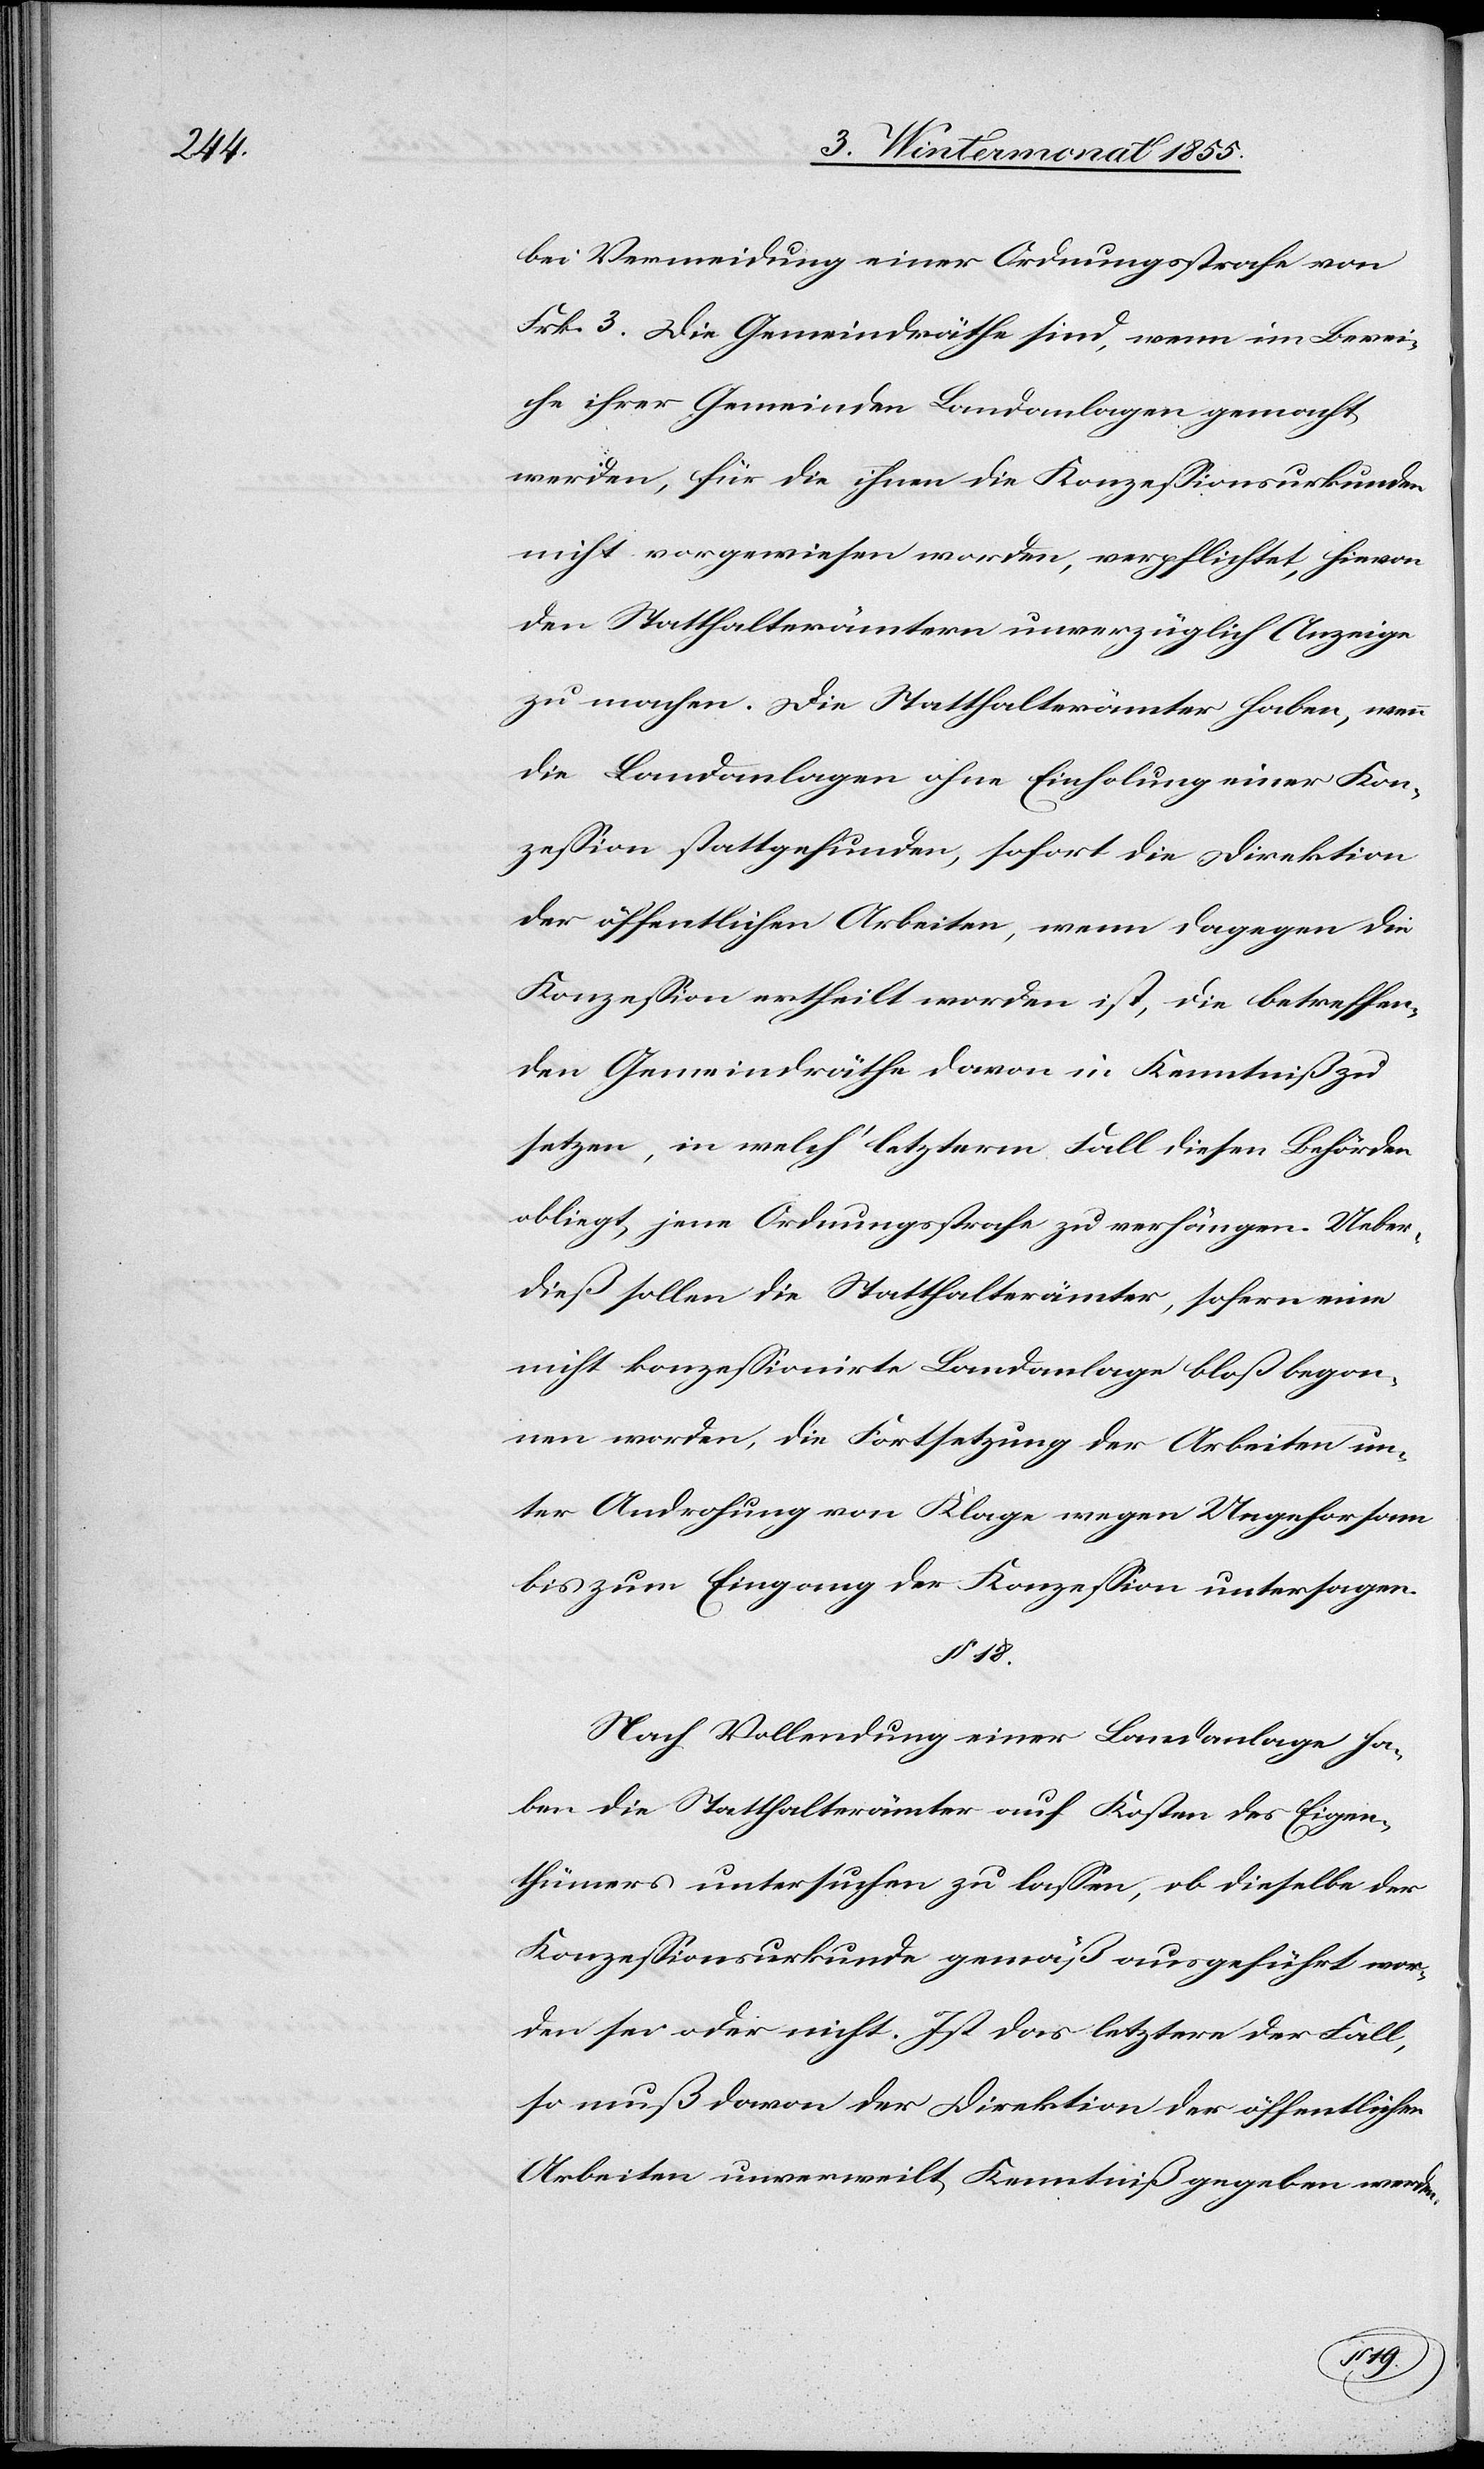
bei Vermeidung einer Ordnungsstrafe von
Frk. 3. Die Gemeindräthe sind, wenn im Berei¬
che ihrer Gemeinden Landanlagen gemacht
werden, für die ihnen die Konzessionsurkunden
nicht vorgewiesen worden, verpflichtet, hievon
den Statthalterämtern unverzüglich Anzeige
zu machen. Die Statthalterämter haben, wenn
die Landanlagen ohne Einholung einer Kon¬
zession stattgefunden, sofort die Direktion
der öffentlichen Arbeiten, wenn dagegen die
Konzession ertheilt worden ist, die betreffen¬
den Gemeindräthe davon in Kenntniß zu
setzen, in welch‘ letzterm Fall diesen Behörden
obliegt, jene Ordnungsstrafe zu verhängen. Ueber¬
dieß sollen die Statthalterämter, sofern eine
nicht konzessionirte Landanlage bloß begon¬
nen worden, die Fortsetzung der Arbeiten un¬
ter Androhung von Klage wegen Ungehorsam
bis zum Eingang der Konzession untersagen.
§ 18.
Nach Vollendung einer Landanlage ha¬
ben die Statthalterämter auf Kosten des Eigen¬
thümers untersuchen zu lassen, ob dieselbe der
Konzessionsurkunde gemäß ausgeführt wor¬
den sei oder nicht. Ist das letztere der Fall,
so muß davon der Direktion der öffentlichen
Arbeiten unverweilt Kenntniß gegeben werden.